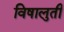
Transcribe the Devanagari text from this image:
विषालुती